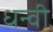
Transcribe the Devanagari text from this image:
धन्वी